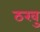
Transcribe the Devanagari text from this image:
ठरवु